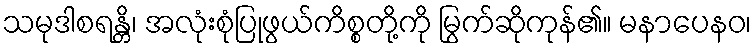
သမုဒါစရန္တိ၊ အလုံးစုံပြုဖွယ်ကိစ္စတို့ကို မြွက်ဆိုကုန်၏။ မနာပေနဝ၊